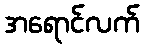
အရောင်လက်